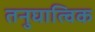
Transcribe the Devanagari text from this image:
तनुघात्विक